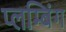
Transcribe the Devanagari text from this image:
प्लम्बिंग